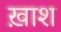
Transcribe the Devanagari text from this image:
ख़ाश